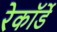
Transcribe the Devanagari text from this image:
रेकॉर्डे